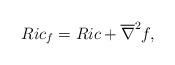
LaTeX: \begin{align*}Ric_f=Ric+\overline{\nabla}^2f,\end{align*}